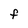
Character: F